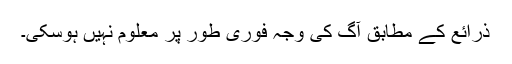
ذرائع کے مطابق آگ کی وجہ فوری طور پر معلوم نہیں ہوسکی۔